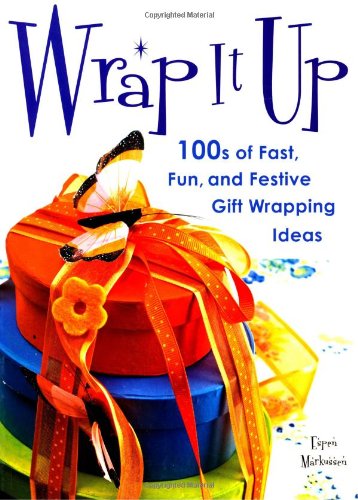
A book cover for Wrap It Up: 100s of Fast, Fun, and Festive Gift Wrapping Ideas; Espen Markussen; Crafts, Hobbies & Home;